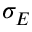
\sigma _ { E }